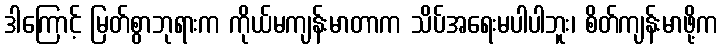
ဒါကြောင့် မြတ်စွာဘုရားက ကိုယ်မကျန်းမာတာက သိပ်အရေးမပါပါဘူး၊ စိတ်ကျန်းမာဖို့က